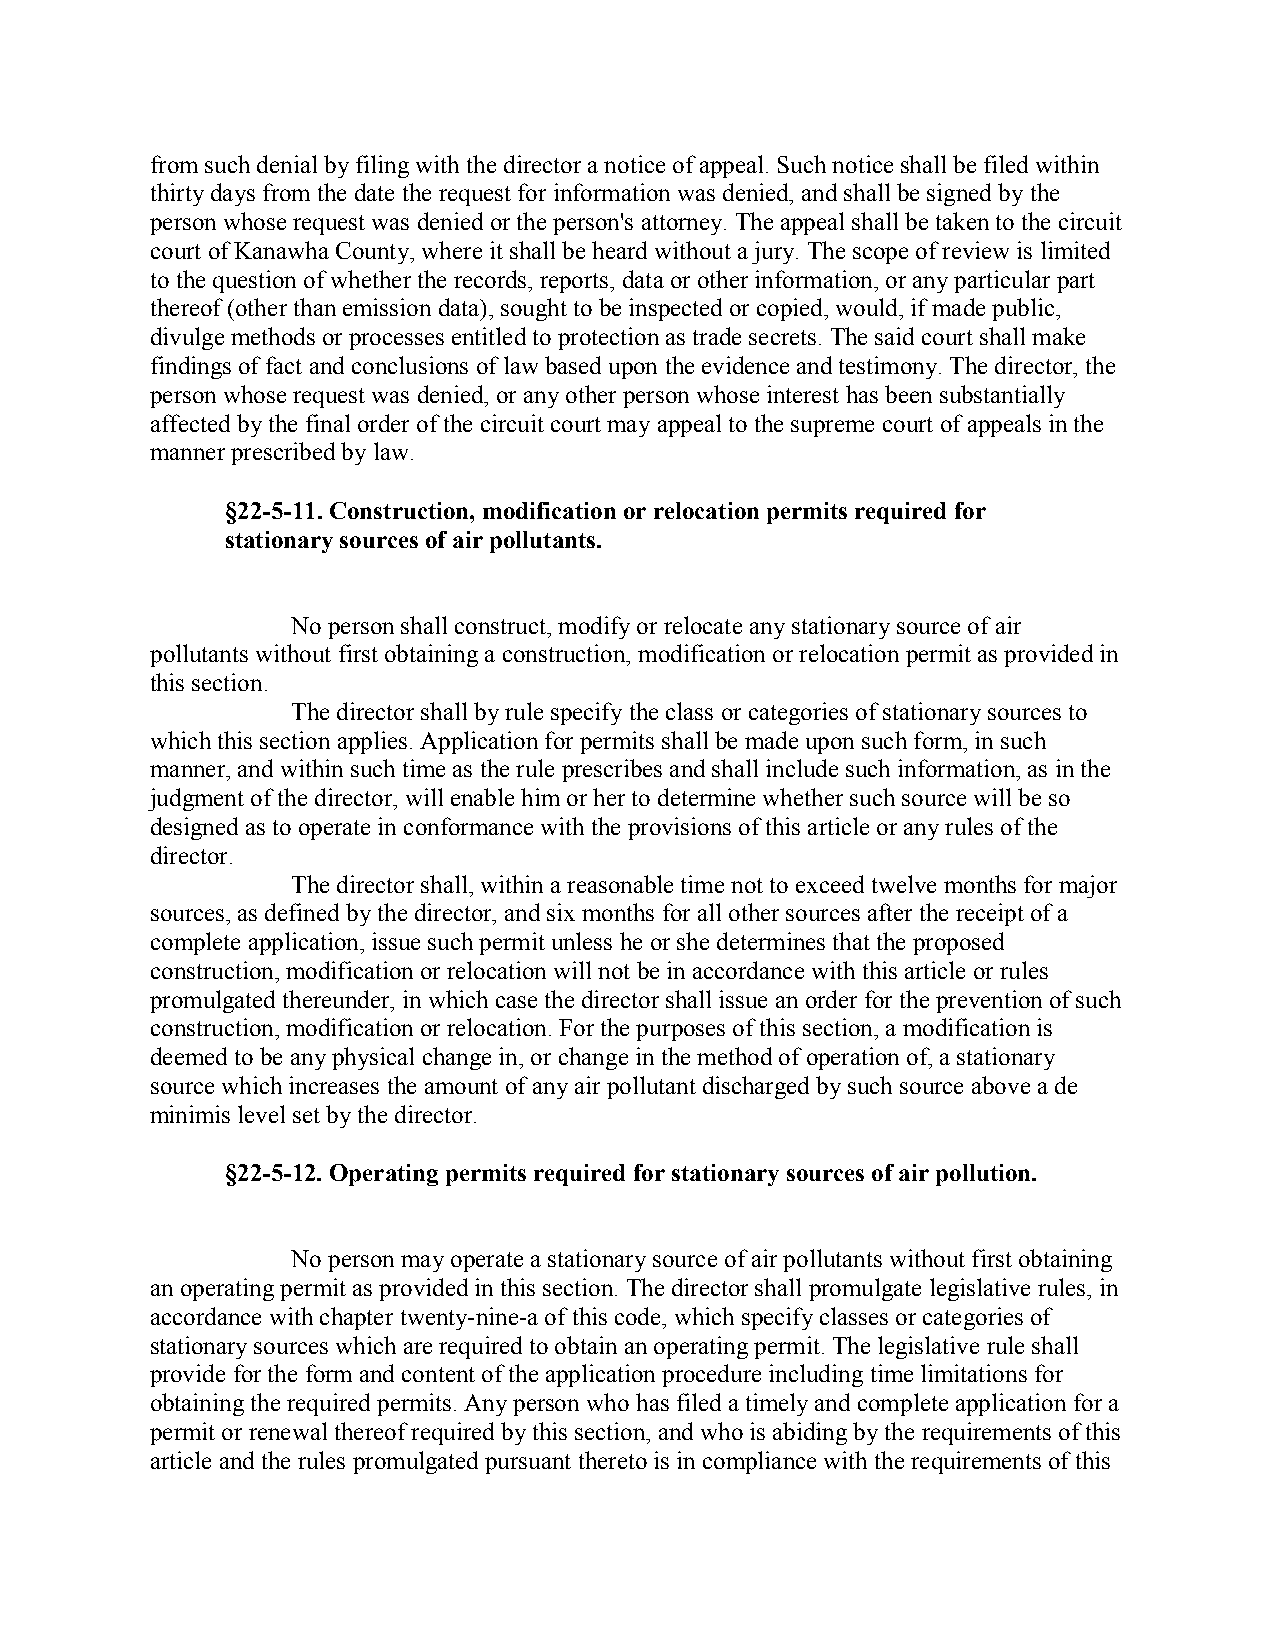
from such denial by filing with the director a notice of appeal. Such notice shall be filed within
 thirty days from the date the request for information was denied, and shall be signed by the
 person whose request was denied or the person's attorney. The appeal shall be taken to the circuit
 court of Kanawha County, where it shall be heard without a jury. The scope of review is limited
 to the question of whether the records, reports, data or other information, or any particular part
 thereof (other than emission data), sought to be inspected or copied, would, if made public,
 divulge methods or processes entitled to protection as trade secrets. The said court shall make
 findings of fact and conclusions of law based upon the evidence and testimony. The director, the
 person whose request was denied, or any other person whose interest has been substantially
 affected by the final order of the circuit court may appeal to the supreme court of appeals in the
 manner prescribed by law.
 §22-5-11. Construction, modification or relocation permits required for
 stationary sources of air pollutants.
 No person shall construct, modify or relocate any stationary source of air
 pollutants without first obtaining a construction, modification or relocation permit as provided in
 this section.
 The director shall by rule specify the class or categories of stationary sources to
 which this section applies. Application for permits shall be made upon such form, in such
 manner, and within such time as the rule prescribes and shall include such information, as in the
 judgment of the director, will enable him or her to determine whether such source will be so
 designed as to operate in conformance with the provisions of this article or any rules of the
 director.
 The director shall, within a reasonable time not to exceed twelve months for major
 sources, as defined by the director, and six months for all other sources after the receipt of a
 complete application, issue such permit unless he or she determines that the proposed
 construction, modification or relocation will not be in accordance with this article or rules
 promulgated thereunder, in which case the director shall issue an order for the prevention of such
 construction, modification or relocation. For the purposes of this section, a modification is
 deemed to be any physical change in, or change in the method of operation of, a stationary
 source which increases the amount of any air pollutant discharged by such source above a de
 minimis level set by the director.
 §22-5-12. Operating permits required for stationary sources of air pollution.
 No person may operate a stationary source of air pollutants without first obtaining
 an operating permit as provided in this section. The director shall promulgate legislative rules, in
 accordance with chapter twenty-nine-a of this code, which specify classes or categories of
 stationary sources which are required to obtain an operating permit. The legislative rule shall
 provide for the form and content of the application procedure including time limitations for
 obtaining the required permits. Any person who has filed a timely and complete application for a
 permit or renewal thereof required by this section, and who is abiding by the requirements of this
 article and the rules promulgated pursuant thereto is in compliance with the requirements of this